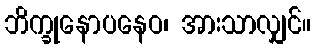
ဘိက္ခုနောပနေဝ၊ အားသာလျှင်။